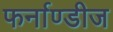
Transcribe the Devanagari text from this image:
फर्नाण्डीज